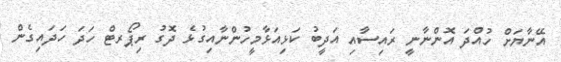
އޭނާޔަށް ހުއްދަ އޮންނާނީ ރައިސާއި އަދީބު ކަޅިއަޅާމީހުންނާއިގުޅެ ދޮގު ރިޕޯރޓް ހަދަ ހަދައިގެން